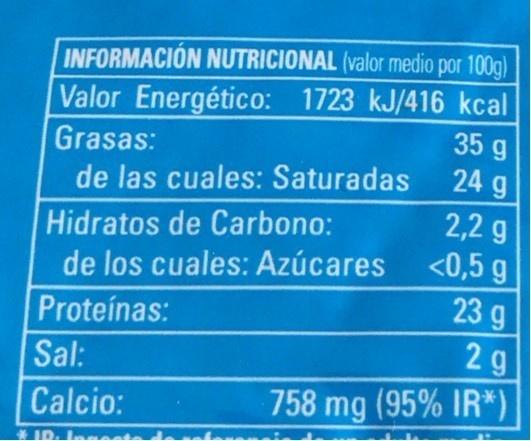
INFORMACIÓN NUTRICIONAL (valor medio por 100g)
Valor Energético: 1723 kJ/416 kcal 35 g
Grasas:
24 g
de las cuales: Saturadas
2,2 g <0,5 g 23 g 2g
Hidratos de Carbono: de los cuales: Azúcares
Proteínas:
Sal:
Calcio:
758 mg (95% IR*)